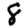
Digit: 8